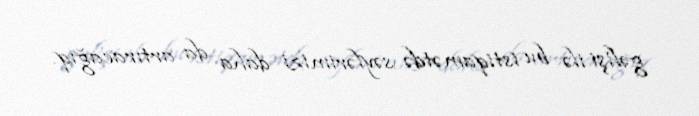
gəlişi ilə bu istiqamətdə səylərimizi daha da artıracağıq.